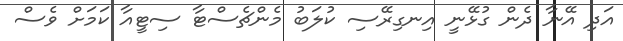
އަދި އޭނާ ދެން ގުޅޭނީ އިނގިރޭސި ކުލަބު މެންޗެސްޓާ ސިޓީއާ ކަމަށް ވެސް